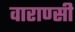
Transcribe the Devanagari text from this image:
वाराण्सी